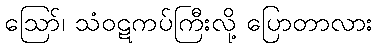
ဪ၊ သံဝဋကပ်ကြီးလို့ ပြောတာလား